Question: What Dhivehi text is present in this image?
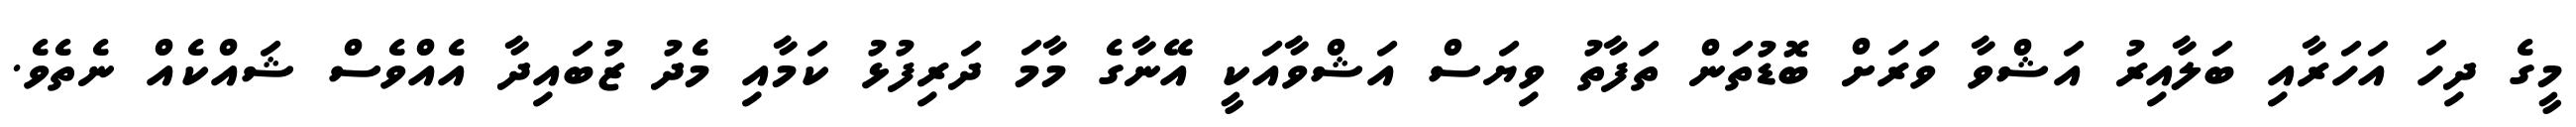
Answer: މީގެ ދިހަ އަހަރާއި ބަލާއިރު އަޝްވާ ވަރަށް ބޮޑުތަން ތަފާތު ވިޔަސް އަޝްވާއަކީ އޭނާގެ މާމަ ދަރިފުޅު ކަމާއި މެދު ޒުބައިދާ އެއްވެސް ޝައްކެއް ނެތެވެ.